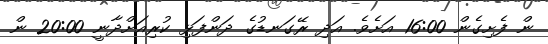
ން ފެށިގެން 16:00 އަށެވެ. އަދި ރޭގަނޑުގެ ދަންފަޅި ކުރިއަށްދާނީ 20:00 ން